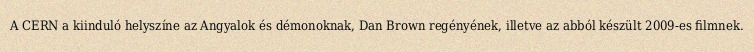
A CERN a kiinduló helyszíne az Angyalok és démonoknak, Dan Brown regényének, illetve az abból készült 2009-es filmnek.